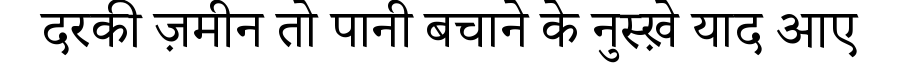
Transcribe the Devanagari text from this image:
दरकी ज़मीन तो पानी बचाने के नुस्ख़े याद आए